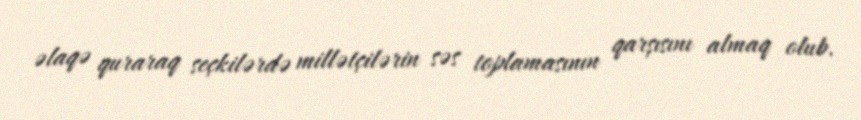
əlaqə quraraq seçkilərdə millətçilərin səs toplamasının qarşısını almaq olub.